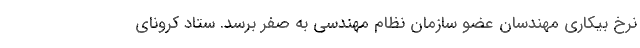
نرخ بیکاری مهندسان عضو سازمان نظام مهندسی به صفر برسد. ستاد کرونای